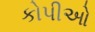
કોપીઓ